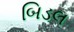
બિડલ